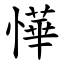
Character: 㦊